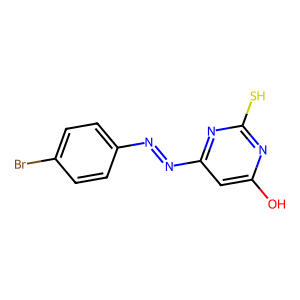
SMILES: Oc1cc(N=Nc2ccc(Br)cc2)nc(S)n1
Inhibits HIV replication: No